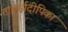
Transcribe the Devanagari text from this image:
तात्पर्यदीपिका